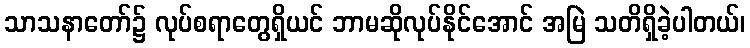
သာသနာတော်၌ လုပ်စရာတွေရှိယင် ဘာမဆိုလုပ်နိုင်အောင် အမြဲ သတိရှိခဲ့ပါတယ်၊